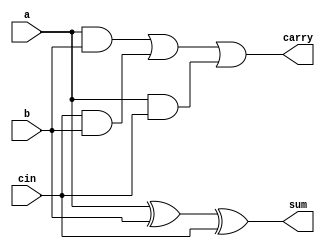
`timescale 1ns/1ps
module fulladder
        (   input a,b,cin,
            output sum,carry
            );

assign sum = a ^ b ^ cin;
assign carry = (a & b) | (cin & b) | (a & cin);

endmodule

module mux_2_1
        (   input i0,i1,sel,
            output reg bitout
            );

always@(i0,i1,sel)
begin
if(sel == 0)
    bitout = i0;
else
    bitout = i1; 
end

endmodule

module carry_select
        (   input [3:0] A,B,
            input cin,
            output [3:0] S,
            output cout
            );
        

wire [3:0] temp0,temp1,carry0,carry1;

//for carry 0
fulladder fa00(A[0],B[0],1'b0,temp0[0],carry0[0]);
fulladder fa01(A[1],B[1],carry0[0],temp0[1],carry0[1]);
fulladder fa02(A[2],B[2],carry0[1],temp0[2],carry0[2]);
fulladder fa03(A[3],B[3],carry0[2],temp0[3],carry0[3]);

//for carry 1
fulladder fa10(A[0],B[0],1'b1,temp1[0],carry1[0]);
fulladder fa11(A[1],B[1],carry1[0],temp1[1],carry1[1]);
fulladder fa12(A[2],B[2],carry1[1],temp1[2],carry1[2]);
fulladder fa13(A[3],B[3],carry1[2],temp1[3],carry1[3]);

//mux for carry
mux_2_1 mux_carry(carry0[3],carry1[3],cin,cout);
//mux's for sum
mux_2_1 mux_sum0(temp0[0],temp1[0],cin,S[0]);
mux_2_1 mux_sum1(temp0[1],temp1[1],cin,S[1]);
mux_2_1 mux_sum2(temp0[2],temp1[2],cin,S[2]);
mux_2_1 mux_sum3(temp0[3],temp1[3],cin,S[3]);
endmodule